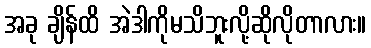
အခု ချိန်ထိ အဲဒါကိုမသိဘူးလို့ဆိုလိုတာလား။